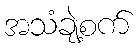
အသံချဲ့စက်